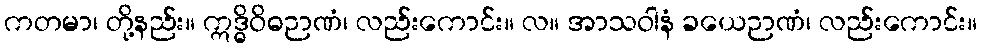
ကတမာ၊ တို့နည်း။ ဣဒ္ဓိဝိဓဉာဏံ၊ လည်းကောင်း။ လ။ အာသဝါနံ ခယေဉာဏံ၊ လည်းကောင်း။